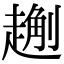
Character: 𧽄